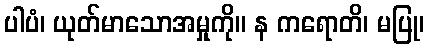
ပါပံ၊ ယုတ်မာသောအမှုကို။ န ကရောတိ၊ မပြု၊